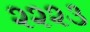
૨૨૨૩